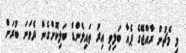
މި މެޗުން ރާއްޖޭގެ ޕެއާ ބަލިވި އިރު ތައިލެންޑް ބަލިކޮށްގެން ދެވަނަ ބުރަށް